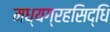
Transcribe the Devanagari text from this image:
मध्यग्रहसिद्धि